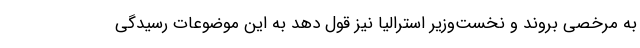
به مرخصی بروند و نخست‌وزیر استرالیا نیز قول دهد به این موضوعات رسیدگی